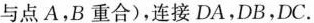
与点A，B重合)，连接DA，DB，DC。